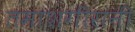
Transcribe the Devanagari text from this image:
तमाशगीरांनी